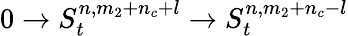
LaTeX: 0\rightarrow S_{t}^{n,m_{2}+n_{c}+l}\rightarrow S_{t}^{n,m_{2}+n_{c}-l}